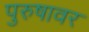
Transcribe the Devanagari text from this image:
पुरुषावर